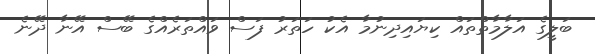
ބަލީގެ އަލާމާތްތައް ކިޔައިދިނުމާ އެކު ހަތަރު ފަސް ވައްތަރެއްގެ ބޭސް އޭނާ ދޭނެ